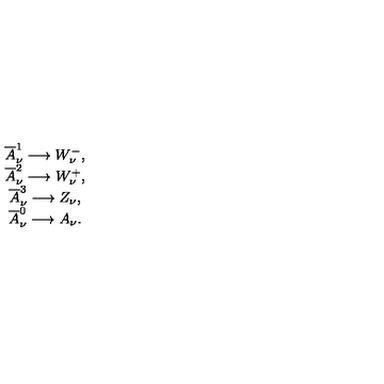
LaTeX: \begin{array} { c } { \overline { { A } } _ { \nu } ^ { 1 } \longrightarrow W _ { \nu } ^ { - } , } \\ { \overline { { A } } _ { \nu } ^ { 2 } \longrightarrow W _ { \nu } ^ { + } , } \\ { \overline { { A } } _ { \nu } ^ { 3 } \longrightarrow Z _ { \nu } , } \\ { \overline { { A } } _ { \nu } ^ { 0 } \longrightarrow A _ { \nu } . } \\ \end{array}